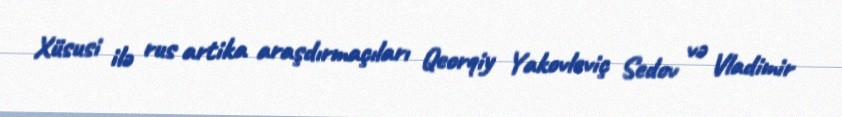
Xüsusi ilə rus artika araşdırmaçıları Qeorqiy Yakovleviç Sedov və Vladimir